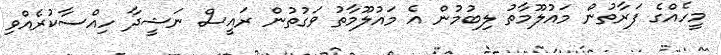
މީހެއްގެ ފަރާތުން މައުލޫމާތު ލިބުމުން އެ މައުލޫމާތު ވަގުތުން ރައީސް ނަޝީދާ ހިއްސާކުރެއްވި